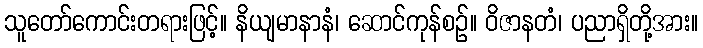
သူတော်ကောင်းတရားဖြင့်။ နိယျမာနာနံ၊ ဆောင်ကုန်စဉ်။ ဝိဇာနတံ၊ ပညာရှိတို့အား။